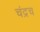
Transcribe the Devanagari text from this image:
चंद्रच